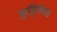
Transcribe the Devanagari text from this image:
कुट्टिनीमत